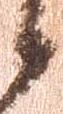
候